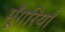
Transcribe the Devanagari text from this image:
मूँगरियाँ